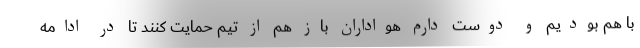
با هم بودیم و دوست دارم هواداران باز هم از تیم حمایت کنند تا در ادامه